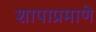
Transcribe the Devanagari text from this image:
शापाप्रमाणे